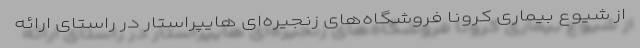
از شیوع بیماری کرونا فروشگاه‌های زنجیره‌­ای هایپراستار در راستای ارائه